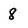
Character: 8